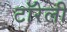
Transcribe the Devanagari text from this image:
टॉरेली